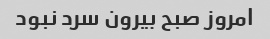
امروز صبح بیرون سرد نبود